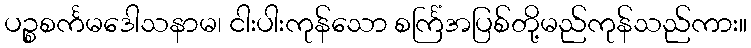
ပဉ္စစင်္ကမဒေါသနာမ၊ ငါးပါးကုန်သော စင်္ကြံအပြစ်တို့မည်ကုန်သည်ကား။